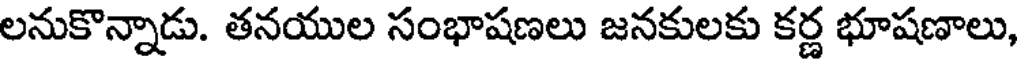
లనుకొన్నాడు. తనయుల సంభాషణలు జనకులకు కర్ణ భూషణాలు,